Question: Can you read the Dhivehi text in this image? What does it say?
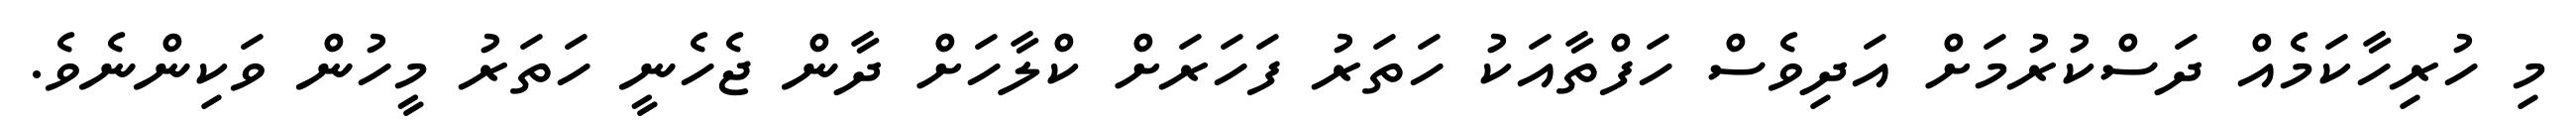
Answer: މި ހުރިހާކަމެއް ދަސްކުރުމަށް އަދިވެސް ހަފްތާއަކު ހަތަރު ފަހަރަށް ކްލާހަށް ދާން ޖެހެނީ ހަތަރު މީހުން ވަކިންނެވެ.